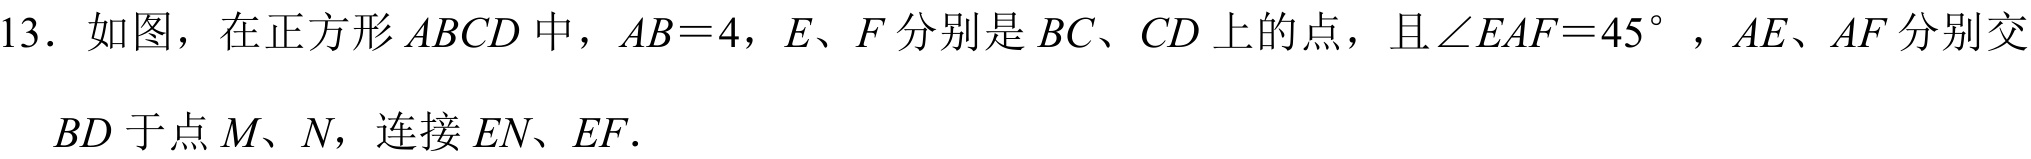
13. 如图，在正方形 \(ABCD\) 中，\(AB = 4\)，\(E、F\) 分别是 \(BC、CD\) 上的点，且 \(\angle EAF = 45^{\circ}\) ，\(AE、AF\) 分别交 \(BD\) 于点 \(M、N\)，连接 \(EN、EF\).